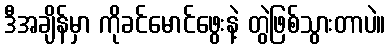
ဒီအချိန်မှာ ကိုခင်မောင်ဖွေးနဲ့ တွဲဖြစ်သွားတာပဲ။